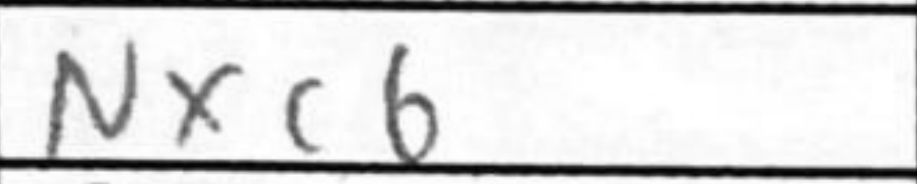
Transcription: Nxc6